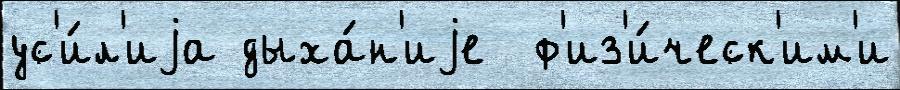
ус'и́л'иjа дыха́н'иjе  ф'из'и́ческ'им'и